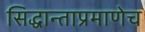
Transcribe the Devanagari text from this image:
सिद्धान्ताप्रमाणेच